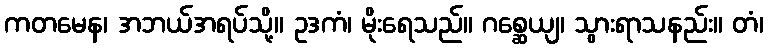
ကတမေန၊ အဘယ်အရပ်သို့။ ဥဒကံ၊ မိုးရေသည်။ ဂစ္ဆေယျ၊ သွားရာသနည်း။ တံ၊